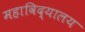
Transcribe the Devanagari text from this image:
महाविद्यालय